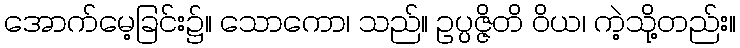
အောက်မေ့ခြင်း၌။ သောကော၊ သည်။ ဥပ္ပဇ္ဇိတိ ဝိယ၊ ကဲ့သို့တည်း။